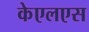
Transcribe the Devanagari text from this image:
केएलएस